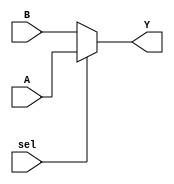
`timescale 1ns/1ns

module Multiplexer (input [7:0] A,B, input sel, output [7:0] Y);
    assign Y = sel ? A : B;
endmodule